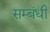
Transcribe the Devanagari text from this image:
सम्‍बंधी